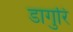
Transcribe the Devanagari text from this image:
डागुरि